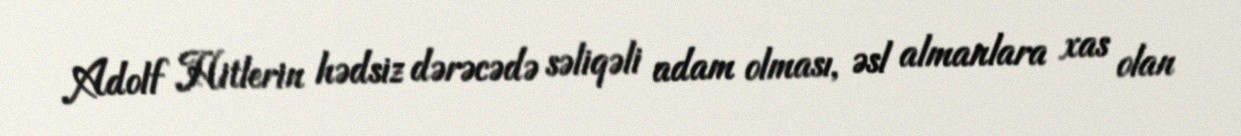
Adolf Hitlerin hədsiz dərəcədə səliqəli adam olması, əsl almanlara xas olan